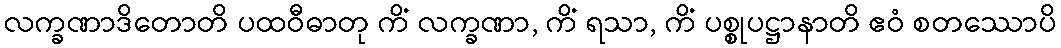
လက္ခဏာဒိတောတိ ပထဝီဓာတု ကိံ လက္ခဏာ, ကိံ ရသာ, ကိံ ပစ္စုပဋ္ဌာနာတိ ဧဝံ စတဿောပိ